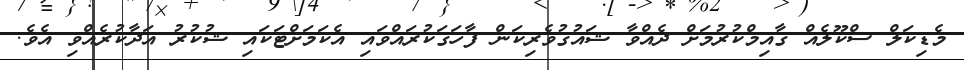
މެޑިކަލް ސްކޫލެއް ގާއިމްކުރުމަށް ދެއްވާ ޝައުގުވެރިކަން ފާހަގަކުރައްވައި އެކަމަށްޓަކައި ޝުކުރު އަދާކުރެއްވި އެވެ.